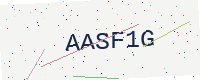
Text: AASF1G